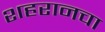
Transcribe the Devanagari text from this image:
शहरानचा